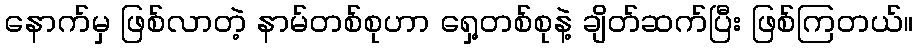
နောက်မှ ဖြစ်လာတဲ့ နာမ်တစ်စုဟာ ရှေ့တစ်စုနဲ့ ချိတ်ဆက်ပြီး ဖြစ်ကြတယ်။